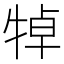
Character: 𤙴